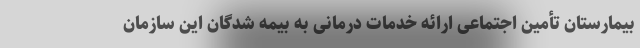
بیمارستان تأمین اجتماعی ارائه خدمات درمانی به بیمه شدگان این سازمان